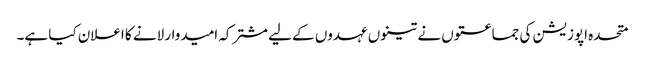
متحدہ اپوزیشن کی جماعتوں نے تینوں عہدوں کے لیے مشترکہ امیدوار لانے کا اعلان کیا ہے۔